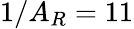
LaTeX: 1/A_{R}=11